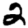
Digit: 2